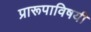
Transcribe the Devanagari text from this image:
प्रारूपाविषयी